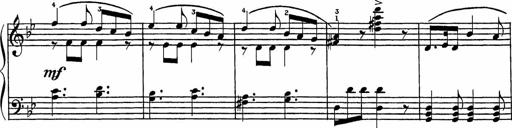
Title: Song of the River
Composer: Frederick Henry Pease